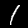
Label: 1